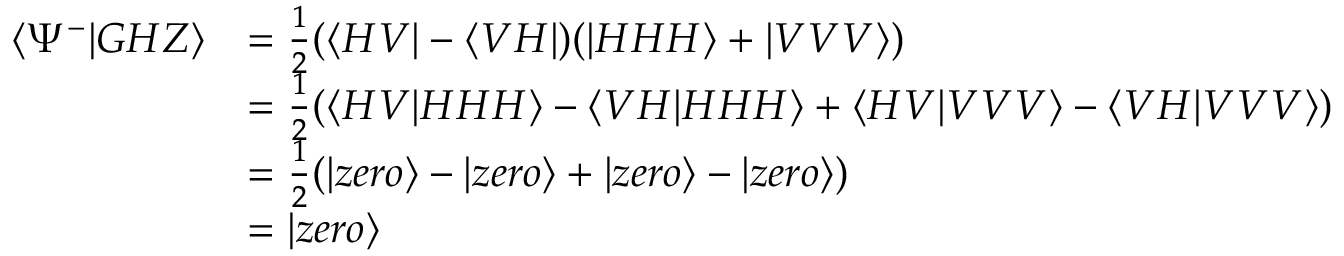
\begin{array} { r l } { \langle \Psi ^ { - } | G H Z \rangle } & { = \frac { 1 } { 2 } ( \langle H V | - \langle V H | ) ( | H H H \rangle + | V V V \rangle ) } \\ & { = \frac { 1 } { 2 } ( \langle H V | H H H \rangle - \langle V H | H H H \rangle + \langle H V | V V V \rangle - \langle V H | V V V \rangle ) } \\ & { = \frac { 1 } { 2 } ( | z e r o \rangle - | z e r o \rangle + | z e r o \rangle - | z e r o \rangle ) } \\ & { = | z e r o \rangle } \end{array}